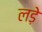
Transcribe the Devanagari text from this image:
लडे़